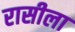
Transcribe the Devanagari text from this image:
रासीला